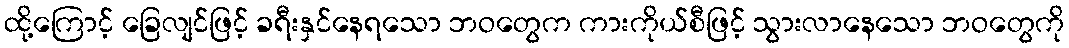
ထို့ကြောင့် ခြေလျင်ဖြင့် ခရီးနှင်နေရသော ဘဝတွေက ကားကိုယ်စီဖြင့် သွားလာနေသော ဘဝတွေကို